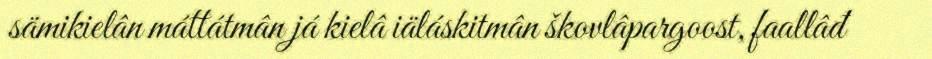
sämikielân máttátmân já kielâ iäláskitmân škovlâpargoost, faallâđ